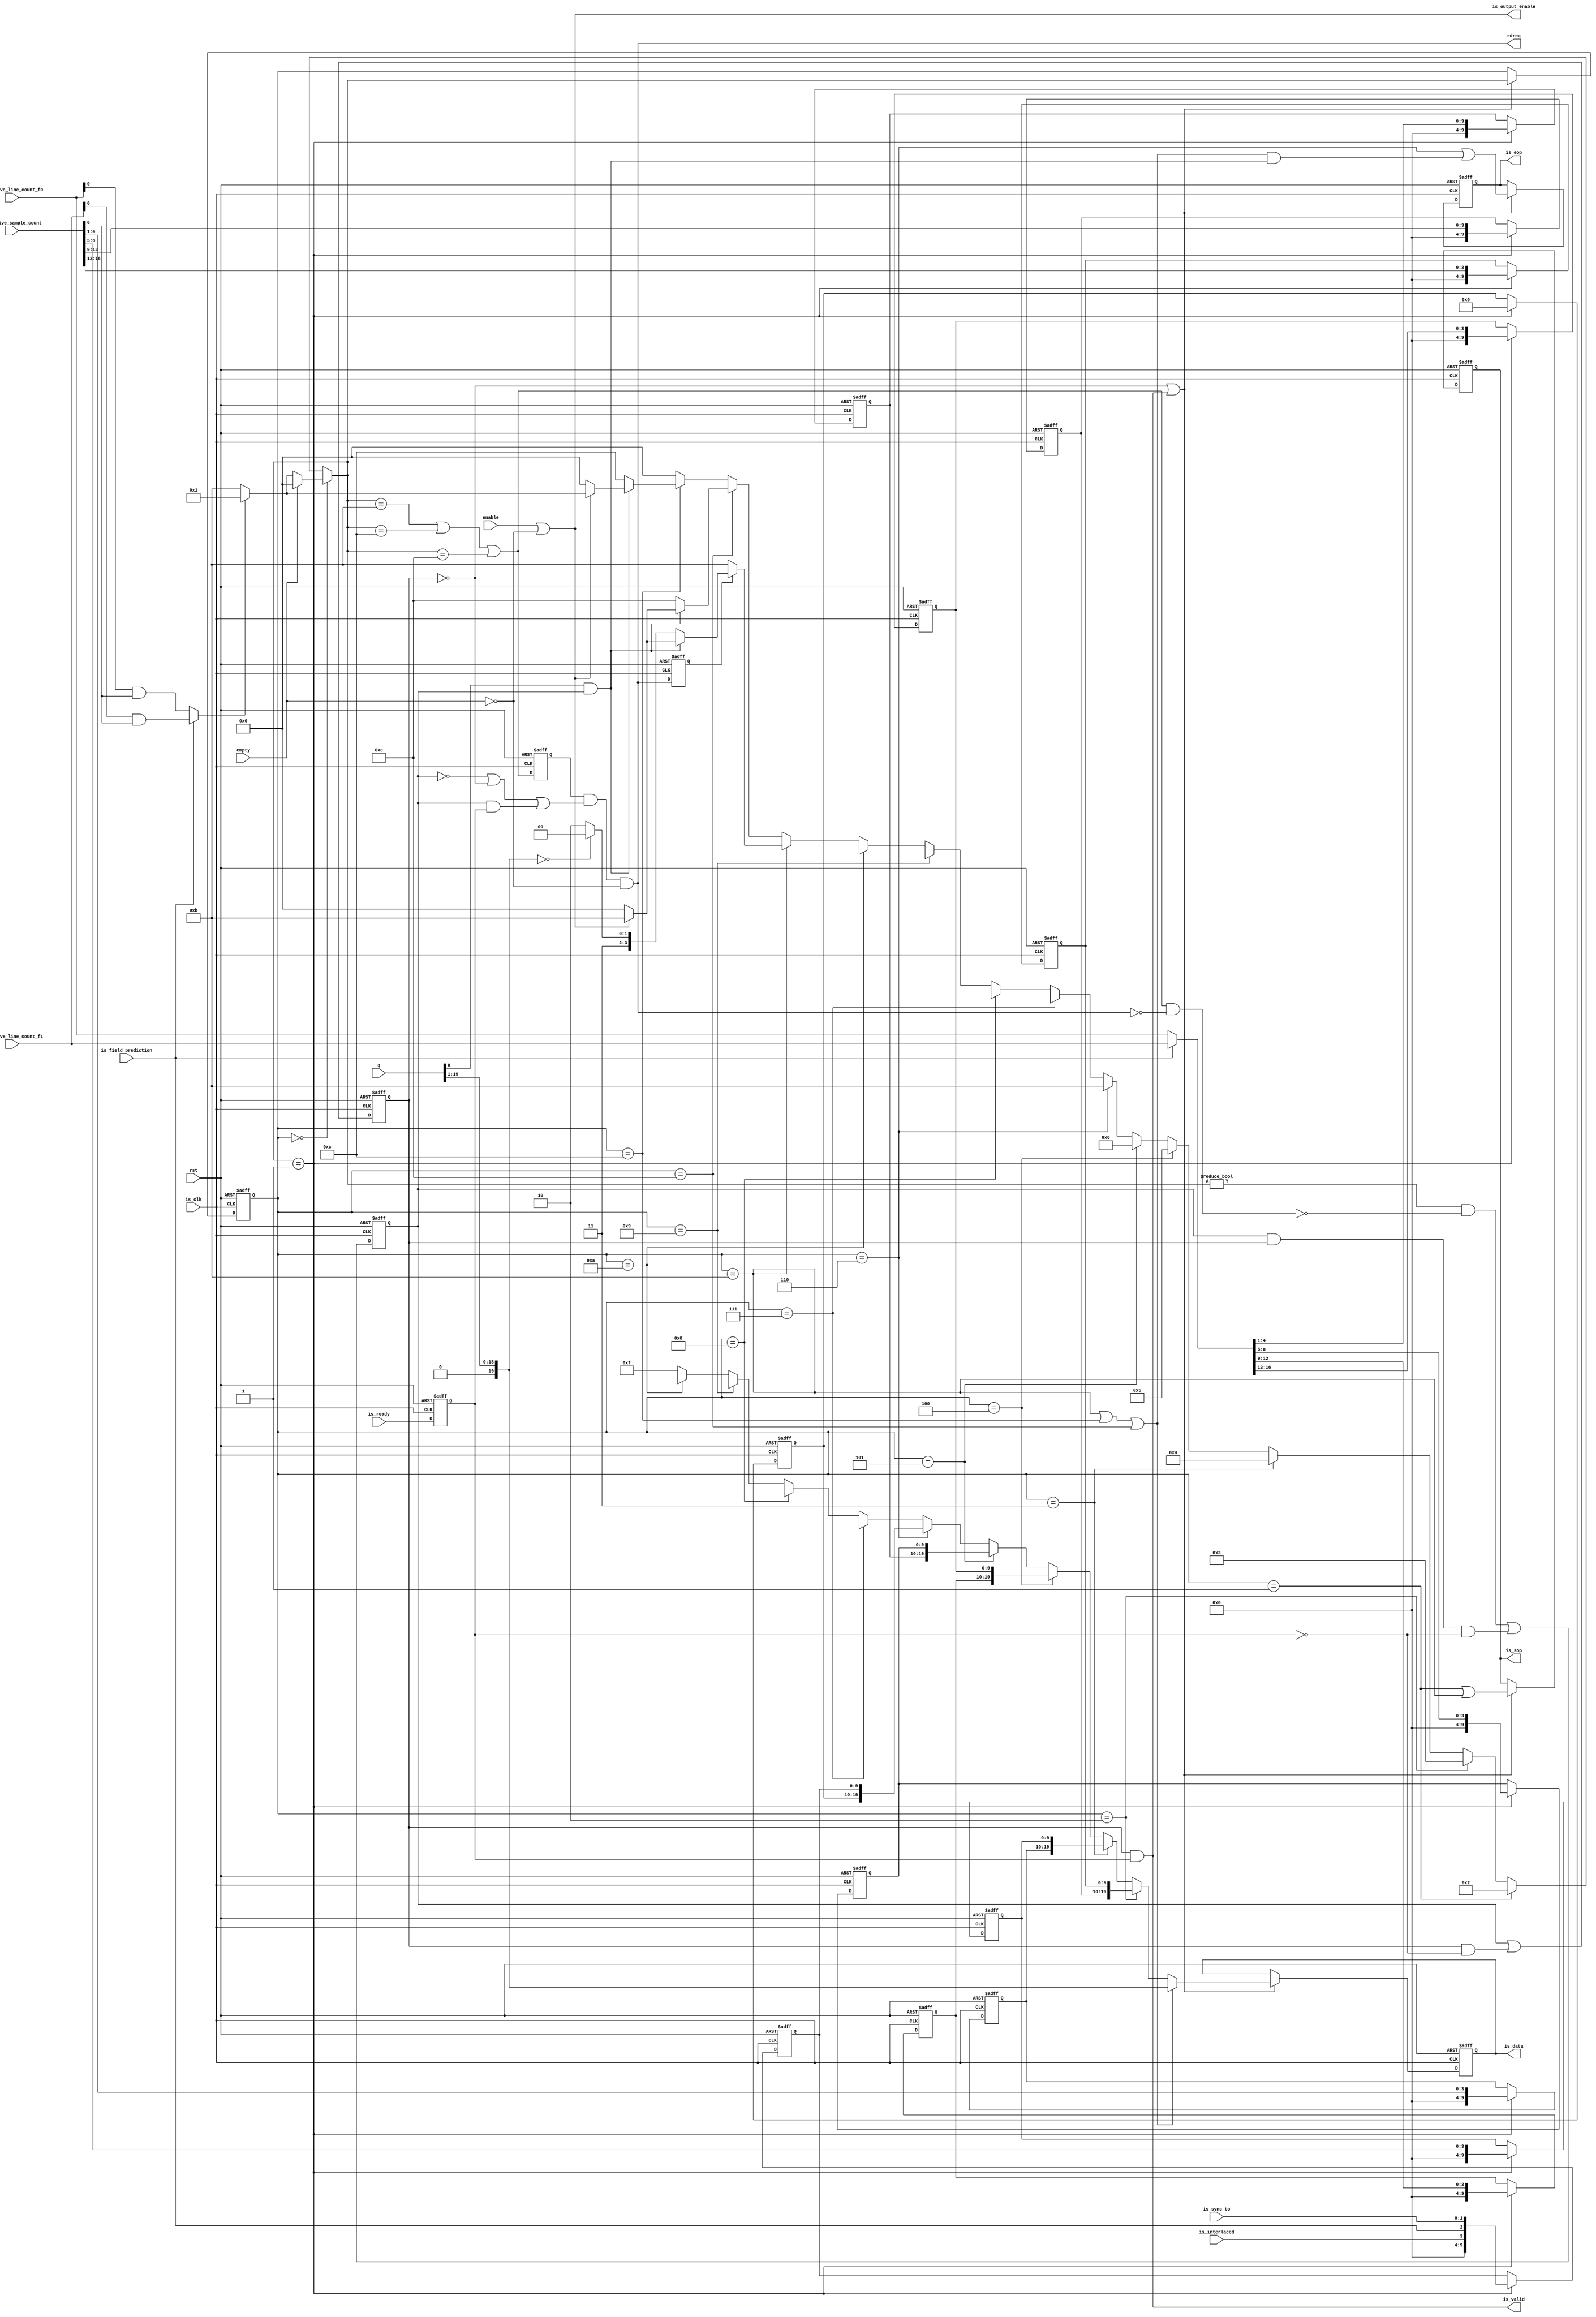
module alt_vipcti121_Vid2IS_av_st_output
    #(parameter
        FIFO_WIDTH = 20,
        DATA_WIDTH = 20,
        NUMBER_OF_COLOUR_PLANES_IN_PARALLEL = 2,
        BPS = 10)
    (
        input wire rst,
        
        input wire enable,
        input wire [FIFO_WIDTH-1:0] q,
        output wire rdreq,
        input wire empty,
        input wire is_interlaced,
        input wire [1:0] is_sync_to,
        input wire is_field_prediction,
        input wire [16:0] is_active_sample_count,
        input wire [16:0] is_active_line_count_f0,
        input wire [16:0] is_active_line_count_f1,
        
        // IS
        input wire is_clk,
        input wire is_ready,
        output wire is_valid,
        output reg [DATA_WIDTH-1:0] is_data,
        output reg is_sop,
        output reg is_eop,
        
        output wire is_output_enable);

localparam [3:0] IDLE            = 4'd0;
localparam [3:0] CONTROL_HEADER  = 4'd1;
localparam [3:0] WIDTH_3         = 4'd2;
localparam [3:0] WIDTH_2         = 4'd3;
localparam [3:0] WIDTH_1         = 4'd4;
localparam [3:0] WIDTH_0         = 4'd5;
localparam [3:0] HEIGHT_3        = 4'd6;
localparam [3:0] HEIGHT_2        = 4'd7;
localparam [3:0] HEIGHT_1        = 4'd8;
localparam [3:0] HEIGHT_0        = 4'd9;
localparam [3:0] INTERLACING     = 4'd10;
localparam [3:0] HEADER          = 4'd11;
localparam [3:0] OUTPUT_DATA     = 4'd12;
localparam [3:0] WAIT            = 4'd13;
localparam [3:0] OUTPUT_ANC      = 4'd14;
        
wire [DATA_WIDTH-1:0] is_data_fifo;
wire is_packet;
reg is_valid_int;
reg is_valid_no_ready;
reg is_ready_reg;
wire [3:0] state_next;
reg [3:0] state;
wire [DATA_WIDTH-1:0] control_header_data;
wire is_ready_int;
reg request_data;
wire is_packet_valid;
reg stall;
wire request_data_next;
reg rdreq_reg;

assign {is_data_fifo, is_packet} = q;

// The fifo read latency is one, so the valid is a registered version of the 
// read request.
assign request_data_next = state_next == HEADER || state_next == OUTPUT_DATA || state_next == OUTPUT_ANC;
assign rdreq = request_data & (~is_valid_int | ~is_valid_no_ready | (is_valid_int & is_ready_reg)) & ~empty;
assign is_output_enable = enable | ~empty;
assign is_ready_int = ~is_valid_no_ready | is_valid;
assign is_valid = is_valid_no_ready & is_ready_reg;
assign is_packet_valid = is_packet & is_valid_int;

always @ (posedge rst or posedge is_clk) begin
    if(rst) begin
        state <= IDLE;
        is_valid_int <= 1'b0;
        is_data <= {DATA_WIDTH{1'b0}};
        is_sop <= 1'b0;
        is_eop <= 1'b0;
        is_valid_no_ready <= 1'b0;
        is_ready_reg <= 1'b0;
        stall <= 1'b0;
        request_data <= 1'b0;
        rdreq_reg <= 1'b0;
    end else begin
        if(is_ready_int) begin
            state <= state_next;
        end
        is_valid_int <= (state_next != IDLE && !(request_data_next && !rdreq)) || (is_valid_int && is_valid_no_ready && !is_ready_reg);
        if(is_ready_int) begin
            is_data <= (state == HEADER || state == OUTPUT_DATA || state == OUTPUT_ANC) ? is_data_fifo : control_header_data;
            is_sop <= state == CONTROL_HEADER | state == HEADER;
            is_eop <= state == (CONTROL_HEADER + (9/NUMBER_OF_COLOUR_PLANES_IN_PARALLEL) + (9%NUMBER_OF_COLOUR_PLANES_IN_PARALLEL == 0 ? 0 : 1)) ||
                               ((state == HEADER || state == OUTPUT_DATA || state == OUTPUT_ANC) && is_packet_valid);
        end
        is_valid_no_ready <= is_valid_int || (is_valid_no_ready && !is_ready_reg);
        is_ready_reg <= is_ready;
        request_data <= request_data_next;
        rdreq_reg <= rdreq;
    end
end

wire [16:0] cp_active_sample_count, cp_line_count;
reg [DATA_WIDTH-1:0] control_header_data_packed [8:0];
wire [3:0] control_header_state [8:0];

assign cp_active_sample_count = is_active_sample_count;
assign cp_line_count = (is_field_prediction) ? is_active_line_count_f1 : is_active_line_count_f0;

generate
    begin : generate_control_header
        genvar i;
        genvar symbol;
        for(symbol = 0; symbol < 9; symbol = symbol + NUMBER_OF_COLOUR_PLANES_IN_PARALLEL) begin : control_header_packing
            if(symbol + NUMBER_OF_COLOUR_PLANES_IN_PARALLEL >= 9)
                assign control_header_state[symbol/NUMBER_OF_COLOUR_PLANES_IN_PARALLEL] = HEADER;
            else
                assign control_header_state[symbol/NUMBER_OF_COLOUR_PLANES_IN_PARALLEL] = WIDTH_2 + symbol/NUMBER_OF_COLOUR_PLANES_IN_PARALLEL;
            
            for(i = 0; i < NUMBER_OF_COLOUR_PLANES_IN_PARALLEL; i = i + 1) begin  : pack_control_header
                always @ (posedge rst or posedge is_clk) begin
                    if(rst) begin
                        control_header_data_packed[symbol/NUMBER_OF_COLOUR_PLANES_IN_PARALLEL][BPS*i+(BPS-1):BPS*i] <= {BPS{1'b0}};
                    end else begin
                        if(state_next == CONTROL_HEADER) begin
                            control_header_data_packed[symbol/NUMBER_OF_COLOUR_PLANES_IN_PARALLEL][BPS*i+(BPS-1):BPS*i] <=
                                (symbol + i == 0) ? {{BPS-4{1'b0}}, cp_active_sample_count[16:13]} :
                                (symbol + i == 1) ? {{BPS-4{1'b0}}, cp_active_sample_count[12:9]} :
                                (symbol + i == 2) ? {{BPS-4{1'b0}}, cp_active_sample_count[8:5]} :
                                (symbol + i == 3) ? {{BPS-4{1'b0}}, cp_active_sample_count[4:1]} :
                                (symbol + i == 4) ? {{BPS-4{1'b0}}, cp_line_count[16:13]} :
                                (symbol + i == 5) ? {{BPS-4{1'b0}}, cp_line_count[12:9]} :
                                (symbol + i == 6) ? {{BPS-4{1'b0}}, cp_line_count[8:5]} :
                                (symbol + i == 7) ? {{BPS-4{1'b0}}, cp_line_count[4:1]} :
                                (symbol + i == 8) ? {{BPS-4{1'b0}}, is_interlaced, is_field_prediction, is_sync_to} :
                                    4'b0000;
                        end
                    end
                end
            end
        end
    end
endgenerate

// Header packet insertion
wire insert_control_header;

assign insert_control_header = (is_field_prediction) ? is_active_line_count_f1[0] & is_active_sample_count[0] :
                                                       is_active_line_count_f0[0] & is_active_sample_count[0];

assign control_header_data = (state == WIDTH_3) ? control_header_data_packed[0] :
                             (state == WIDTH_2) ? control_header_data_packed[1] :
                             (state == WIDTH_1) ? control_header_data_packed[2] :
                             (state == WIDTH_0) ? control_header_data_packed[3] :
                             (state == HEIGHT_3) ? control_header_data_packed[4] :
                             (state == HEIGHT_2) ? control_header_data_packed[5] :
                             (state == HEIGHT_1) ? control_header_data_packed[6] :
                             (state == HEIGHT_0) ? control_header_data_packed[7] :
                             (state == INTERLACING) ? control_header_data_packed[8] : 4'd15;

assign state_next = (state == IDLE) ? (~empty) ? (insert_control_header) ? CONTROL_HEADER : HEADER :
                                                 IDLE :
                    (state == CONTROL_HEADER) ? WIDTH_3 :
                    (state == WIDTH_3) ? control_header_state[0] :
                    (state == WIDTH_2) ? control_header_state[1] :
                    (state == WIDTH_1) ? control_header_state[2] :
                    (state == WIDTH_0) ? control_header_state[3] :
                    (state == HEIGHT_3) ? control_header_state[4] :
                    (state == HEIGHT_2) ? control_header_state[5] :
                    (state == HEIGHT_1) ? control_header_state[6] :
                    (state == HEIGHT_0) ? control_header_state[7] :
                    (state == INTERLACING) ? control_header_state[8] :
                    (state == HEADER) ? (rdreq_reg) ? (is_packet_valid) ? (is_output_enable) ? HEADER : IDLE : 
                                                                          (is_data_fifo == 0) ? OUTPUT_DATA : OUTPUT_ANC : HEADER :
	                (state == OUTPUT_ANC) ? (is_packet_valid) ? (is_output_enable) ? HEADER : IDLE :
                                                                OUTPUT_ANC :
                    (state == OUTPUT_DATA) ? (is_packet_valid) ? (is_output_enable) ? (insert_control_header) ? CONTROL_HEADER : HEADER : IDLE :
                                                                 OUTPUT_DATA : IDLE;

endmodule